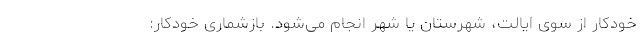
خودکار از سوی ایالت، شهرستان یا شهر انجام می‌شود. بازشماری خودکار: